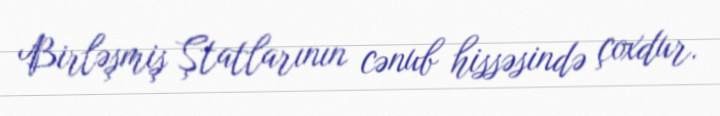
Birləşmiş Ştatlarının cənub hissəsində çoxdur.